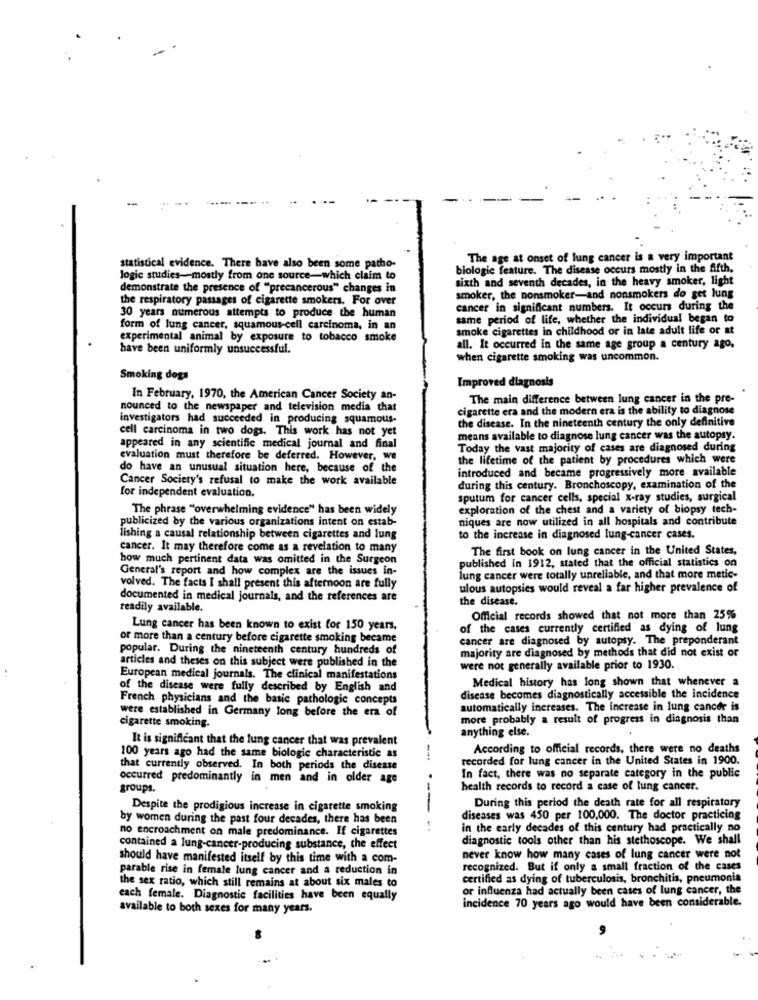
The age at onset of lung cancer is a very important
statistical evidence. There have also been some patho-
biologie feature. The disease occurs mostly in the fifth.
logic studies-mostly from one source-which claim to
sixth and seventh decades, in the heavy smoker, light
demonstrate the presence of "precancerous" changes in
the respiratory passages of cigarette smokers. For over
smoker, the nonsmoker-and nonsmokers do get lung
30 years numerous attempts to produce the human
cancer in significant numbers. It occurs during the
same period of life, whether the individual began to
form of lung cancer, squamous-cell carcinoma, in an
smoke cigarettes in childhood or in late adult life or at
experimental animal by exposure to tobacco smoke
have been uniformly unsuccessful.
all. It occurred in the same age group a century ago,
when cigarette smoking was uncommon.
Smoking dogs
Improved diagnosis
In February, 1970, the American Cancer Society an-
The main difference between lung cancer in the pre-
nounced to the newspaper and television media that
cigarette era and the modern era is the ability to diagnose
investigators had succeeded in producing squamous-
the disease. In the nineteenth century the only definitive
cell carcinoma in two dogs. This work has not yet
means available to diagnose lung cancer was the autopsy.
appeared in any scientific medical journal and final
Today the vast majority of cases are diagnosed during
evaluation must therefore be deferred. However, we
the lifetime of the patient by procedures which were
do have an unusual situation here, because of the
introduced and became progressively more available
Cancer Society's refusal to make the work available
during this century. Bronchoscopy, examination of the
for independent evaluation.
sputum for cancer cells, special x-ray studies, surgical
The phrase "overwhelming evidence" has been widely
exploration of the chest and a variety of biopsy tech-
niques are now utilized in all hospitals and contribute
publicized by the various organizations intent on estab-
fishing a causal relationship between cigarettes and lung
to the increase in diagnosed lung-cancer cases.
cancer. It may therefore come as a revelation to many
The first book on lung cancer in the United States,
how much pertinent data was omitted in the Surgeon
published in 1912, stated that the official statistics on
General's report and how complex are the issues in-
lung cancer were totally unreliable, and that more metic-
volved. The facts I shall present this afternoon are fully
ulous autopsies would reveal a far higher prevalence of
documented in medical journals, and the references are
the disease.
readily available.
Official records showed that not more than 25%
Lung cancer has been known to exist for 150 years,
of the cases currently certified as dying of lung
or more than a century before cigarette smoking became
cancer are diagnosed by autopsy. The preponderant
popular. During the nineteenth century hundreds of
majority are diagnosed by methods that did not exist or
articles and theses on this subject were published in the
were not generally available prior to 1930.
European medical journals. The clinical manifestations
Medical history has long shown that whenever a
of the disease were fully described by English and
French physicians and the basic pathologic concepts
disease becomes diagnostically accessible the incidence
were established in Germany long before the era of
automatically increases. The increase in lung cancer is
more probably a result of progress in diagnosis than
cigarette smoking.
anything else.
It is significant that the lung cancer that was prevalent
According to official records, there were no deaths
100 years ago had the same biologie characteristic as
recorded for lung cancer in the United States in 1900.
that currently observed. In both periods the disease
occurred predominantly in men and in older age
In fact, there was no separate category in the public
groups.
health records to record a case of lung cancer.
Despite the prodigious increase in cigarette smoking
--
During this period the death rate for all respiratory
by women during the past four decades, there has been
diseases was 450 per 100,000. The doctor practicing
no encroachment on male predominance. If cigarettes
in the early decades of this century had practically no
diagnostic tools other than his stethoscope. We shall
contained a lung-cancer-producing substance, the effect
should have manifested itself by this time with a com-
never know how many cases of lung cancer were not
parable rise in female lung cancer and a reduction in
recognized. But if only a small fraction of the cases
certified as dying of tuberculosis, bronchitis, pneumonia
the sex ratio, which still remains at about six males to
or influenza had actually been cases of lung cancer, the
each female. Diagnostic facilities have been equally
available to both sexes for many years.
incidence 70 years ago would have been considerable.